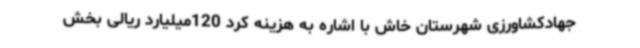
جهادکشاورزی شهرستان خاش با اشاره به هزینه کرد 120میلیارد ریالی بخش